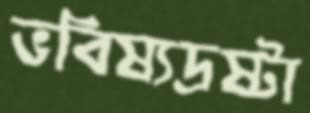
ভবিষ্যদ্রষ্টা